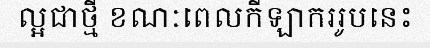
ល្អជាថ្មី ខណៈពេលកីឡាកររូបនេះ